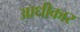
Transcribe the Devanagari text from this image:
आधीकार